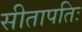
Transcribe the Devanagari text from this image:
सीतापतिः